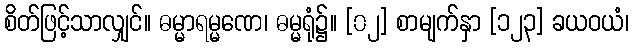
စိတ်ဖြင့်သာလျှင်။ ဓမ္မာရမ္မဏေ၊ ဓမ္မရုံ၌။ [၀၂] စာမျက်နှာ [၁၂၃] ခယဝယံ၊